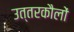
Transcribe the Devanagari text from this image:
उत्तरकौलों